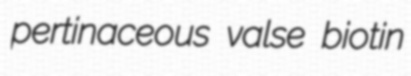
pertinaceous valse biotin